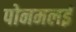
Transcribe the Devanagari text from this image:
पोनमलई